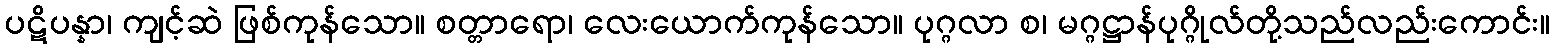
ပဋိပန္နာ၊ ကျင့်ဆဲ ဖြစ်ကုန်သော။ စတ္တာရော၊ လေးယောက်ကုန်သော။ ပုဂ္ဂလာ စ၊ မဂ္ဂဋ္ဌာန်ပုဂ္ဂိုလ်တို့သည်လည်းကောင်း။